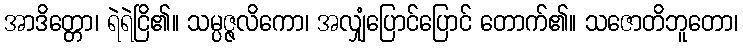
အာဒိတ္တော၊ ရဲရဲငြိ၏။ သမ္ပဇ္ဇလိကော၊ အလျှံပြောင်ပြောင် တောက်၏။ သဇောတိဘူတော၊